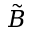
\tilde { B }